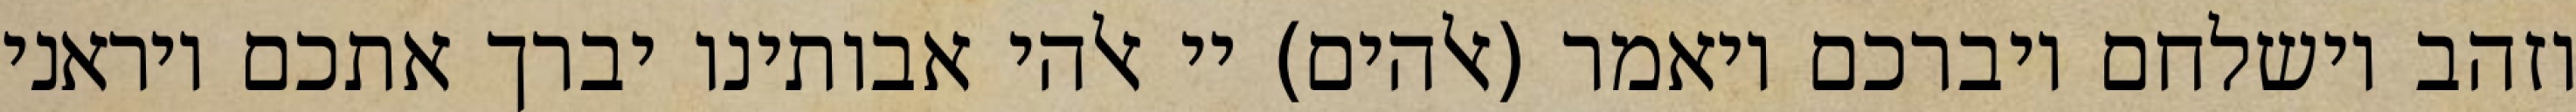
וזהב וישלחם ויברכם ויאמר (אלהים) יי אלהי אבותינו יברך אתכם ויראני